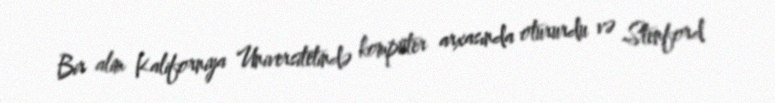
Bir alim Kaliforniya Universitetində kompüter arxasında otururdu və Stenford